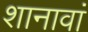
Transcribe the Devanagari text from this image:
शानावां